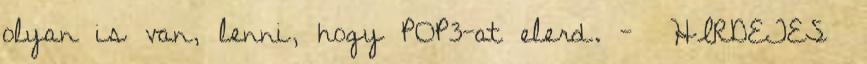
olyan is van, lenni, hogy POP3-at elerd. - HIRDETES